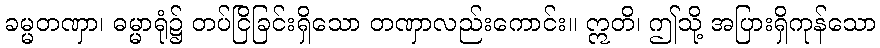
ခမ္မတဏှာ၊ ဓမ္မာရုံ၌ တပ်ငြိခြင်းရှိသော တဏှာလည်းကောင်း။ ဣတိ၊ ဤသို့ အပြားရှိကုန်သော